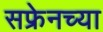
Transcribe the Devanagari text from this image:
सफ्रेनच्या